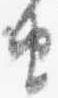
由